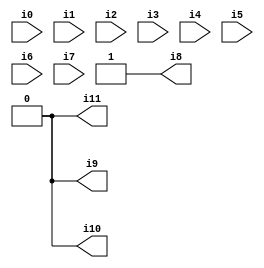
// Benchmark "SKOLEMFORMULA" written by ABC on Mon May  4 05:27:22 2020

module SKOLEMFORMULA ( 
    i0, i1, i2, i3, i4, i5, i6, i7,
    i8, i9, i10, i11  );
  input  i0, i1, i2, i3, i4, i5, i6, i7;
  output i8, i9, i10, i11;
  assign i8 = 1'b1;
  assign i9 = 1'b0;
  assign i10 = 1'b0;
  assign i11 = 1'b0;
endmodule